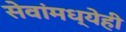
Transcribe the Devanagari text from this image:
सेवांमध्येही